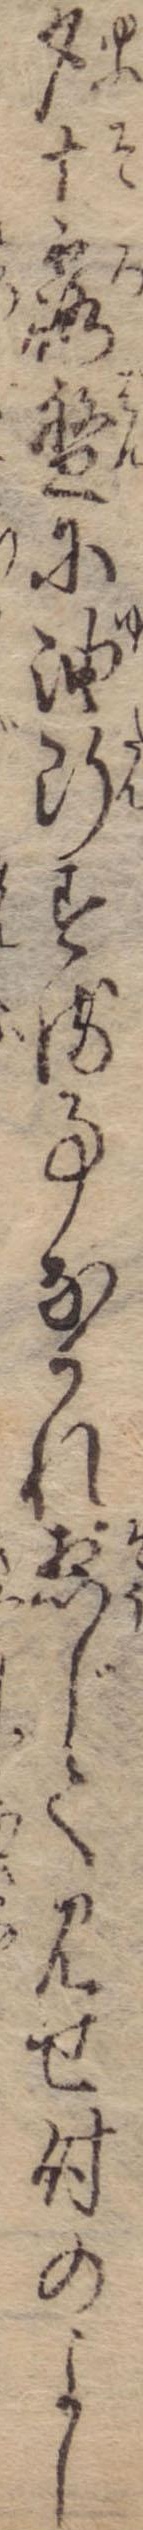
夕十露盤に油断する事なかれ惣じて見せ付のよし